Report on vaccination in the Province of Bengal - 1874-1889
Year: 1874
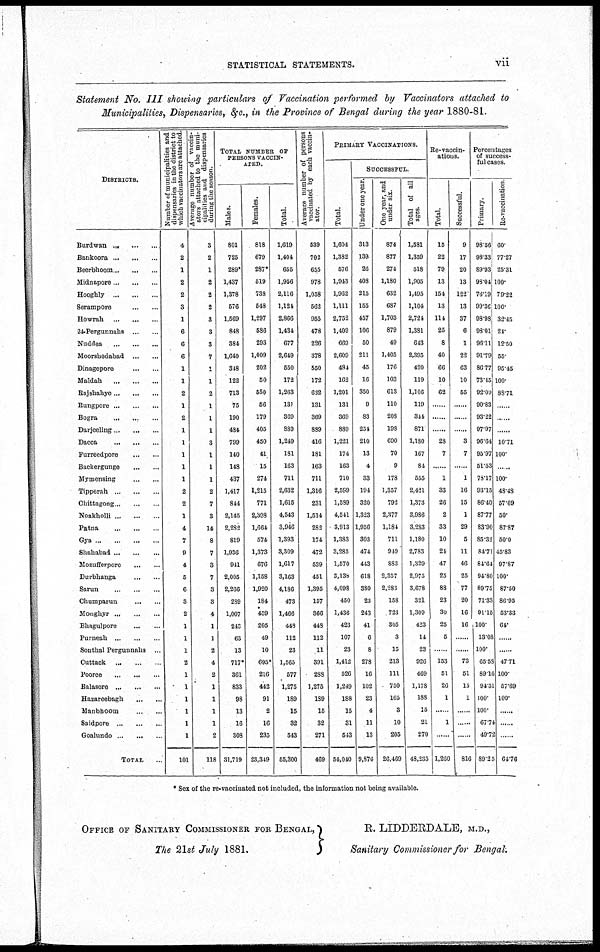
STATISTICAL STATEMENTS.
vii
Statement No. III showing particulars of Vaccination performed by Vaccinators attached to
Municipalities, Dispensaries, &c., in the Province of Bengal during the year 1880-81.
DISTRICTS.
Burdwan ...
...
...
Bankoora
...
...
...
Beerbhoom ... ... ...
Midnapore
...
...
...
Hooghly
...
...
...
Serampore
...
...
Howrah
...
...
...
24-Pergunnahs
...
...
Nuddea
...
...
...
Moorshedabad
...
...
Dinagepore
...
...
Maldah
...
...
...
Rajshahye
...
...
...
Rungpore
...
...
...
Bogra ... ... ...
Darjeeling
...
...
...
Dacca
...
...
...
Furreedpore
...
...
Backergunge
...
...
Mymensing
...
...
Tipperah ...
...
...
Cliittagong ... ... ...
Noakholli
...
...
...
Patna ... ... ...
Gya
...
...
...
...
Shahabad
...
...
...
Mozufferpore
...
...
Durbhanga
...
...
Sarun ... ... ...
Chumparun
...
...
Monghyr
...
...
...
Bhagulpore ... ...
Purneah
...
...
...
Southal Pergunnahs
...
Cuttack
...
...
...
Pooree
...
...
...
Balasore ...
... ...
Hazareebagh ... ... ...
Manbhoom ... ...
Saidpore
...
...
...
Goalundo
...
...
...
TOTAL ... ... ...
Number of municipalities and
dispensaries in the district to
which vaccinators are attached.
4
2
1
2
2
3
1
6
6
6
1
1
2
1
2
1
1
1
1
1
2
2
1
4
7
9
4
5
6
3
2
1
1
1
2
1
1
1
1
1
1
101
Average number of vaccin-
ators attached to the muni-
cipalities and dispensaries
during the season.
3
2
1
2
2
2
3
3
3
7
1
1
2
1
1
1
3
1
1
1
2
7
3
14
8
7
3
7
8
3
4
1
1
2
4
2
1
1
1
1
2
118
TOTAL NUMBER OF
PERSONS VACCIN-
ATED.
Males.
801
725
289*
1,437
1,378
576
1,569
848
384
1,640
318
122
713
75
190
484
799
140
148
437
1,417
844
2,145
2,282
819
1,936
941
2,005
2,266
289
1,007
248
63
13
717*
361
833
98
13
16
308
31,719
Females.
818
679
287*
519
738
548
1,297
586
293
1,009
202
50
550
56
179
405
450
41
15
274
1,215
771
2,308
1,664
574
1,373
676
1,158
1,920
184
459
205
49
10
695*
216
442
91
2
16
235
23,319
Total.
1,619
1,404
655
1,956
2,116
1,124
2,866
1,434
677
2,649
550
172
1,263
131
369
889
1,249
181
163
711
2,632
1,615
4,543
3,946
1,393
3,309
1,617
3,163
4,186
473
1,466
449
112
23
1,565
577
1,275
189
15
32
513
55,300
Average number of persons
vaccinated by each vaccin-
ator.
539
702
635
978
1,058
562
955
478
226
378
550
172
632
131
369
889
416
181
163
711
1,316
231
1,514
282
174
472
539
451
1,395
157
366
448
112
11
391
288
1,275
189
15
32
271
469
PRIMARY VACCINATIONS.
Total.
1,604
1,382
576
1,943
1,962
1,111
2,752
1,409
669
2,609
431
162
1,201
131
369
889
1,221
174
163
710
2,599
1,589
4,511
3,913
1,383
3,285
1,570
3,138
4,098
450
1,436
423
107
23
1,412
526
1,249
188
15
31
543
54,010
SUCCESSEUL.
Funder one year.
313
139
26
408
215
155
457
106
50
211
45
16
350
9
83
251
210
13
4
33
194
320
1,323
1,956
303
474
443
618
380
23
243
41
6
8
278
16
102
23
4
11
13
9,876
One year, and
under six.
874
877
274
1,180
632
687
1,703
879
49
1,405
176
103
613
110
208
198
690
70
9
178
1,357
792
2,377
1,181
711
949
883
2,357
2,283
158
723
305
3
15
213
111
750
165
3
10
205
26,469
Total of all
ages.
1,581
1,359
518
1,905
1,495
1,104
2,721
1,381
613
2,395
420
119
1,106
119
311
871
1,180
167
84
555
2,421
1,373
3,986
3,2S3
1,180
2,783
1,329
2,975
3,678
321
1,309
423
14
23
926
469
1,178
188
15
21
270
48,235
Re-vaccin-
ations.
Total.
15
22
79
13
154
13
114
25
8
40
66
10
62
......
......
......
28
7
......
1
33
26
2
33
10
24
47
25
88
23
30
25
5
......
153
51
26
1
......
1
......
1,260
Successful.
9
17
20
13
122
13
37
6
1
22
63
10
55
......
......
......
3
7
......
1
16
15
1
29
5
11
46
25
77
20
16
16
......
......
73
51
15
1
......
......
......
816
Percentages
of success-
ful cases.
Primary.
98.56
98.33
89.03
98.04
76.19
99.36
98.98
93.01
96.11
91.79
86.77
73.45
92.09
90.83
93.22
97.97
96.64
95.97
51.53
78.17
93.15
86.40
87.77
83.90
85.32
84.71
84.61
94.80
89.75
71.33
91.15
100.
13.08
100.
65.58
89.16
94.31
100.
100.
67.74
49.72
89.25
Re-vaccination.
60.
77.27
25.31
100.
79.22
100.
32.45
24
12.50
55.
95.45
100.
88.71
......
......
......
10.71
100.
100.
48.48
57.69
50.
87.87
50.0
45.83
97.87
100.
87.50
86.95
53.33
64.
......
......
47.71
100.
57.69
100.
......
......
......
64.76
* Sex of the re-vaccinated not included, the information not being available.
OFFICE OF SANITARY COMMISSIONER FOR BENGAL,
The 21st July 1881.
R. LIDDERDALE, M.D.,
Sanitary Commissioner for Bengal.